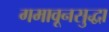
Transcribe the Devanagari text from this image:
गमावूनसुद्धा